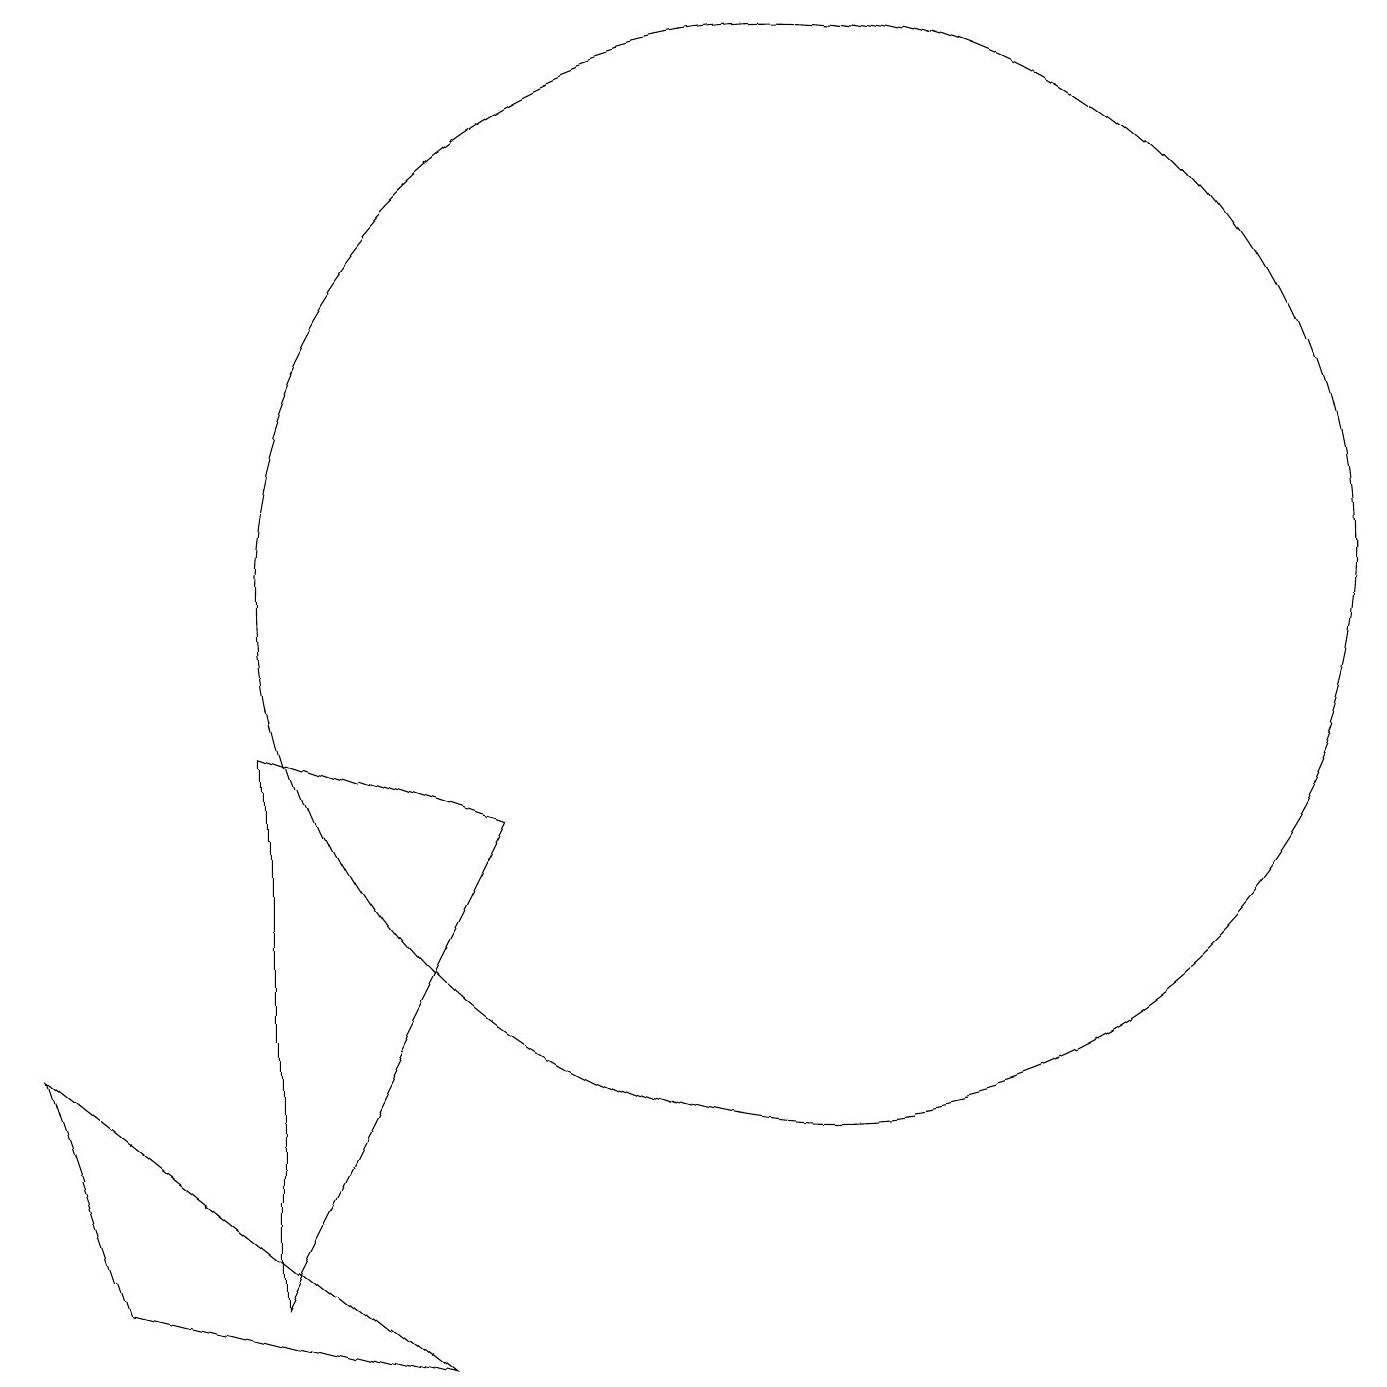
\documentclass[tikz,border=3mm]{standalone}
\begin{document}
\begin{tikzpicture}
\draw (10,10) circle (7);
\draw (3,8) -- (6,7) -- (3,1) -- cycle;
\draw (5,0) -- (1,1) -- (0,4) -- cycle;
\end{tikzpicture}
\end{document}